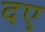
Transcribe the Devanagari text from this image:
दए